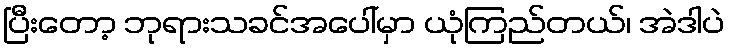
ပြီးတော့ ဘုရားသခင်အပေါ်မှာ ယုံကြည်တယ်၊ အဲဒါပဲ